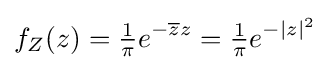
f_{Z}(z)={\tfrac {1}{\pi }}e^{-{\overline {z}}z}={\tfrac {1}{\pi }}e^{-|z|^{2}}